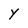
Character: Y